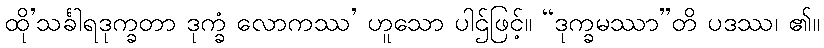
ထို’သင်္ခါရဒုက္ခတာ ဒုက္ခံ လောကဿ’ ဟူသော ပါဌ်ဖြင့်။ “ဒုက္ခမဿာ”တိ ပဒဿ၊ ၏။